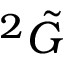
{ } ^ { 2 } \Tilde { G }